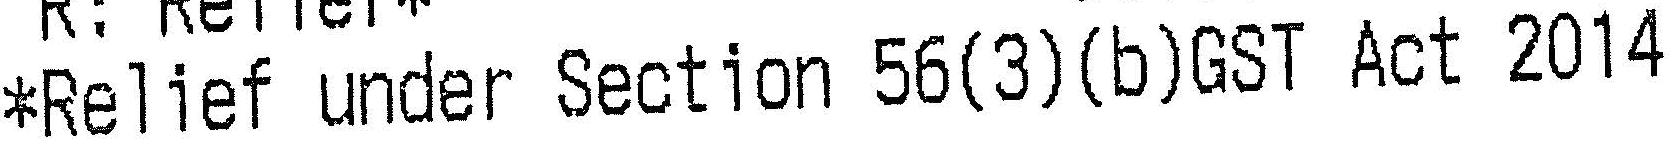
*RELIEF UNDER SECTION 56(3)(B)GST ACT 2014